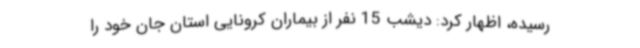
رسیده، اظهار کرد: دیشب 15 نفر از بیماران کرونایی استان جان خود را